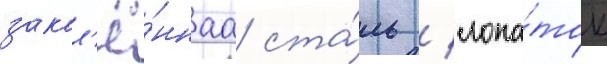
закал'ё́ннаа ста́ль / лопа́ток